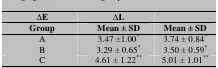
| ∆E | ∆L |  |
 | --- | --- | --- |
 | Group | Mean ± SD | Mean ± SD |
 | A | 3.47 ±1.00* | 3.74 ± 0.84* |
 | B | 3.29 ± 0.65* | 3.50 ± 0.59* |
 | C | 4.61 ± 1.22** | 5.01 ± 1.01** |